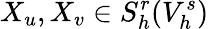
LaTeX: X_{u},X_{v}\in S_{h}^{r}(V_{h}^{s})